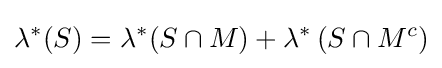
\lambda ^{*}(S)=\lambda ^{*}(S\cap M)+\lambda ^{*}\left(S\cap M^{c}\right)